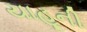
યાહૂની